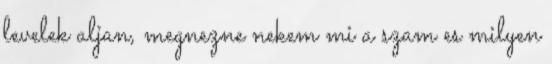
levelek aljan, megnezne nekem mi a szam es milyen